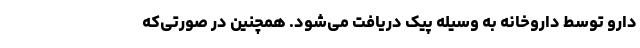
دارو توسط داروخانه به وسیله پیک دریافت می‌شود. همچنین در صورتی‌که